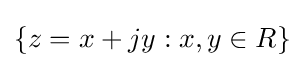
\{z=x+jy:x,y\in R\}